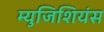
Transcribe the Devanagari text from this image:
म्युजिशियंस